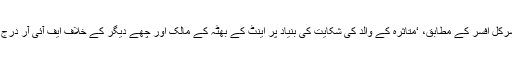
علاقے کے سرکل افسر کے مطابق، ‘متاثرہ کے والد کی شکایت کی بنیاد پر اینٹ کے بھٹہ کے مالک اور چھے دیگر کے خلاف ایف آئی آر درج کی گئی ہے۔